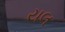
યલ